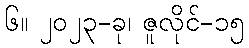
၆။ ၂၀၂၃-ခု၊ ဇူလိုင်-၁၅